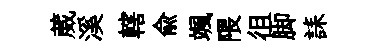
葳溪轄兪颯隈徂脚誄